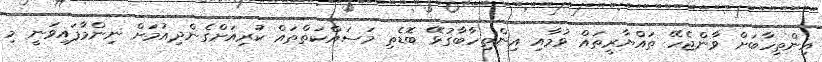
އިންތިހާބަށް ވާންޖެހޭ ތައްޔާރީތައް ވުމާއި އިންތިހާބާގުޅޭ ބޮޑެތި މަސައްކަތްތައް ކުރިއަށްގެންދިއުމަށް ނިންމާފައިވަނީ މި